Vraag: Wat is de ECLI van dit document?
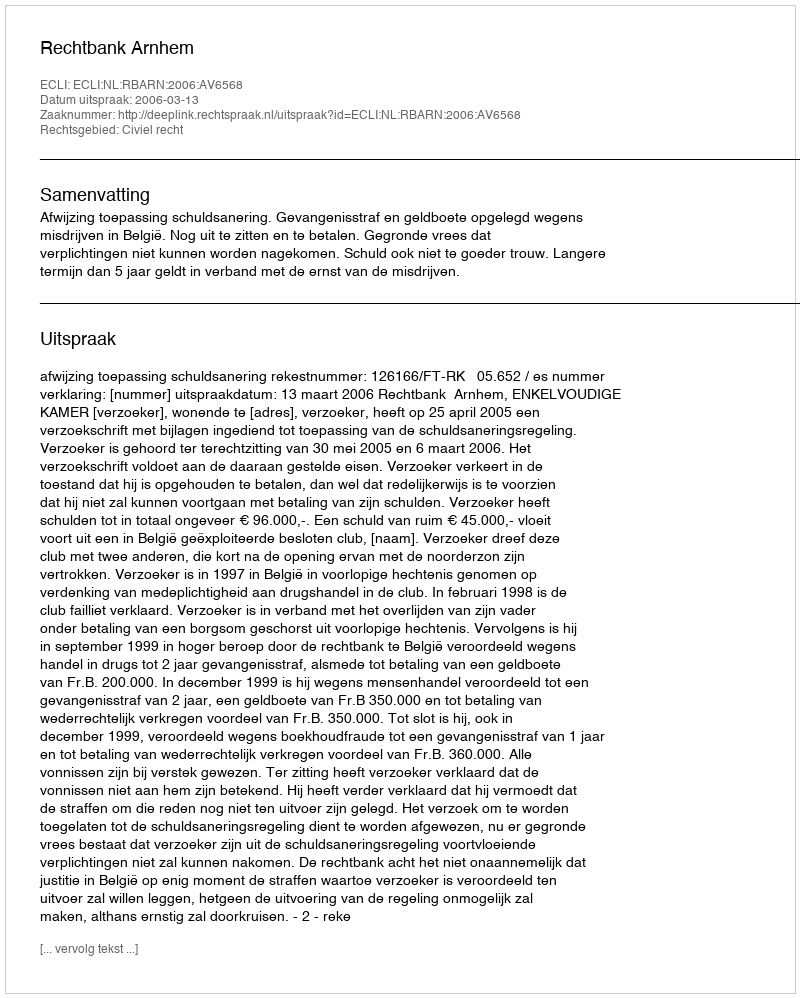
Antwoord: ECLI:NL:RBARN:2006:AV6568